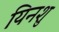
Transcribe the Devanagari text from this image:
यिनशु